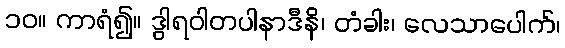
၁၀။ ကာရံ၍။ ဒွါရဝါတပါနာဒီနိ၊ တံခါး၊ လေသာပေါက်၊